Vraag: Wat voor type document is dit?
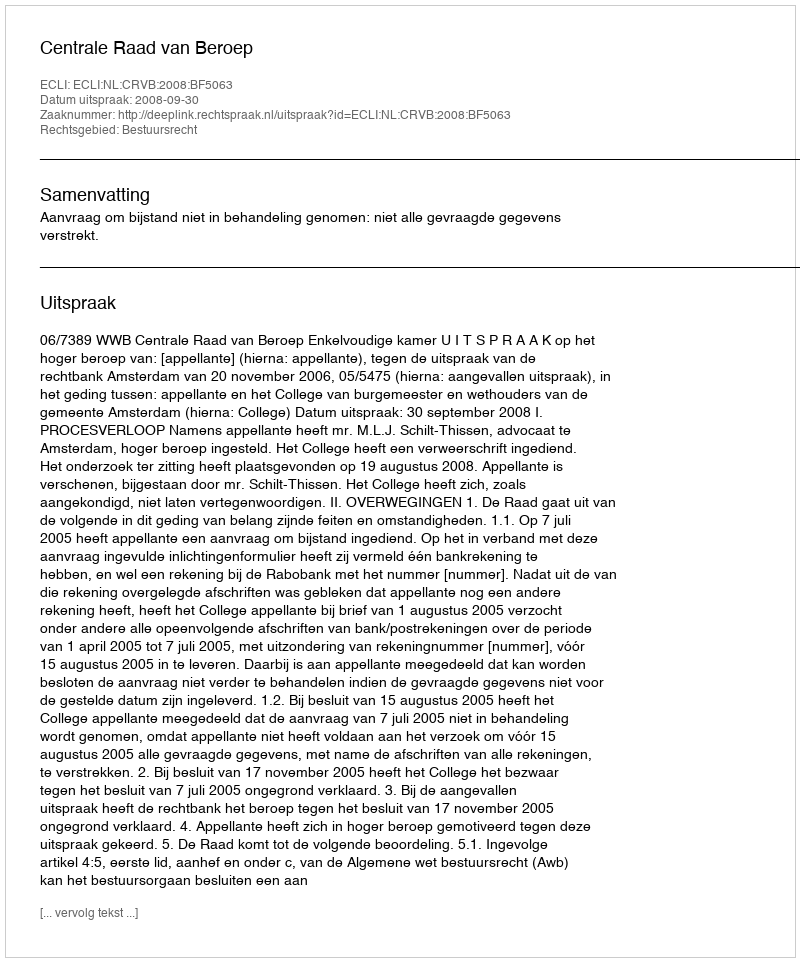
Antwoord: Uitspraak